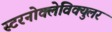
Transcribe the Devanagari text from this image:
स्टरनोक्लेविक्युलर